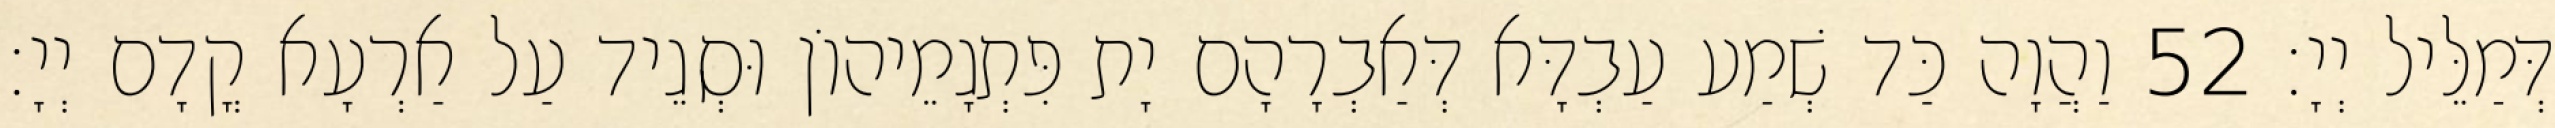
דְּמַלֵּיל יְיָ׃ 52 וַהֲוָה כַּד שְׁמַע עַבְדָּא דְּאַבְרָהָם יָת פִּתְגָמֵיהוֹן וּסְגֵיד עַל אַרְעָא קֳדָם יְיָ׃